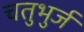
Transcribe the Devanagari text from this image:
चतुभुर्ज